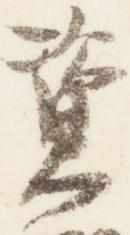
資